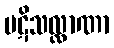
ပဋိသလ္လာဏာ